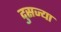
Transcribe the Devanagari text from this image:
दुसज्या